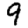
Digit: 9